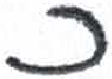
אות: כ